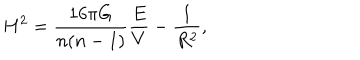
LaTeX: H ^ { 2 } = \frac { 1 6 \pi G } { n ( n - 1 ) } \frac { E } { V } - \frac { 1 } { R ^ { 2 } } ,